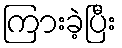
ကြားခဲ့ပြီး